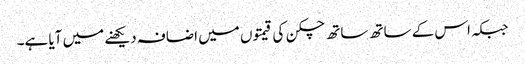
جبکہ اس کے ساتھ ساتھ چکن کی قیمتوں میں اضافہ دیکھنے میں آیا ہے۔